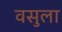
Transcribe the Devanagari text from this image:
वसुला